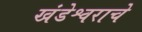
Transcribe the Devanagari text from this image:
खंडेश्वराचे